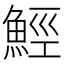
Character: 𩷏